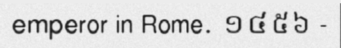
emperor in Rome. ១៤៥៦ -